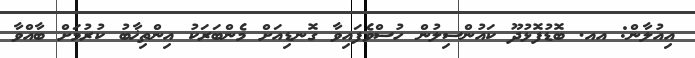
އިއުލާން: އއ. ބޮޑުފޮޅުދޫ ކައުންސިލުން ހުސްވެފައިވާ ގޮނޑިއަށް މެންބަރަކު އިންތިޚާބު ކުރުމަށް ބާއްވާ